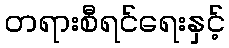
တရားစီရင်ရေးနှင့်